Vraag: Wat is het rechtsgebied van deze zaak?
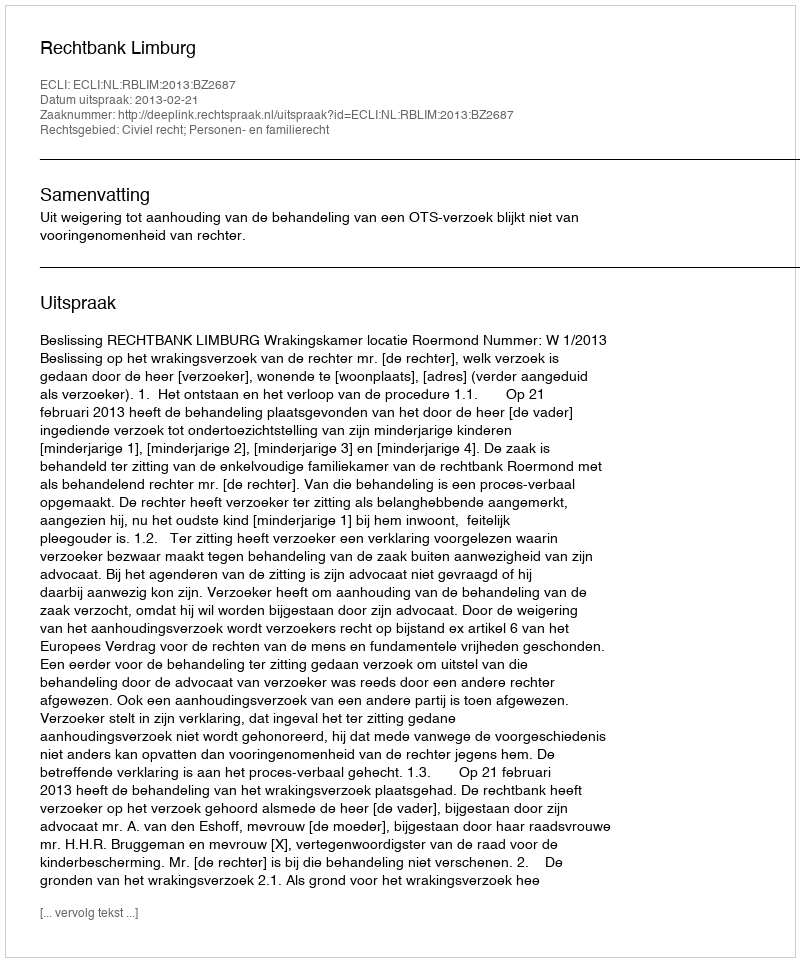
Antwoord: Civiel recht; Personen- en familierecht